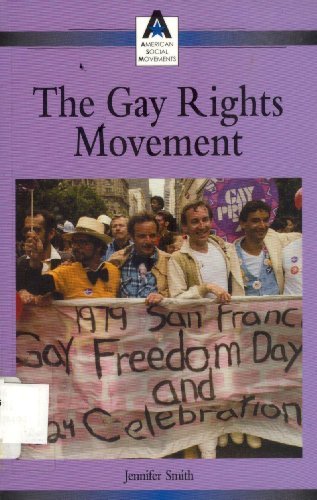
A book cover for The Gay Rights Movement (American Social Movements); Jennifer Smith; Teen & Young Adult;